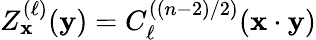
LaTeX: Z_{\mathbf{x}}^{(\ell)}({\mathbf{y}})=C_{\ell}^{((n-2)/2)}({\mathbf{x}}\cdot{\mathbf{y}})